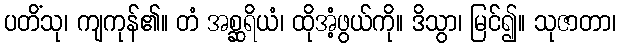
ပတိံသု၊ ကျကုန်၏။ တံ အစ္ဆရိယံ၊ ထိုအံံ့ဖွယ်ကို။ ဒိသွာ၊ မြင်၍။ သုဇာတာ၊